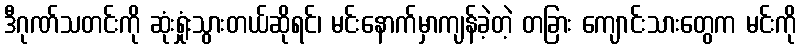
ဒီဂုဏ်သတင်းကို ဆုံးရှုံးသွားတယ်ဆိုရင်၊ မင်းနောက်မှာကျန်ခဲ့တဲ့ တခြား ကျောင်းသားတွေက မင်းကို